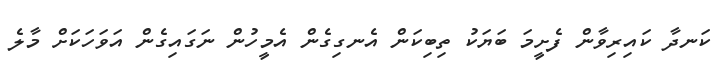
ކަނދާ ކައިރިވާން ފެށީމަ ބަޔަކު ތިބިކަން އެނގިގެން އެމީހުން ނަގައިގެން އަވަހަކަށް މާލެ